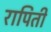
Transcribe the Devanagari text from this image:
रापिती